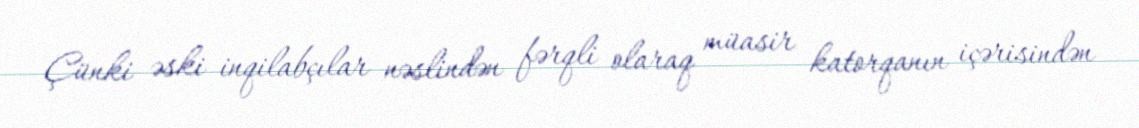
Çünki əski inqilabçılar nəslindən fərqli olaraq müasir katorqanın içərisindən